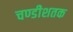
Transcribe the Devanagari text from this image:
चण्डीशतक